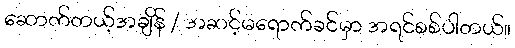
ဆောက်တယ့်အချိန် / အဆင့်မရောက်ခင်မှာ အရင်စစ်ပါတယ်။